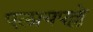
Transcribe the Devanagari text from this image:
एलायपल्ले